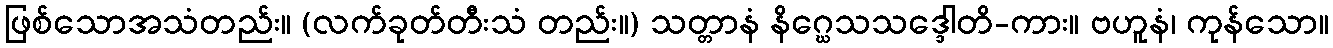
ဖြစ်သောအသံတည်း။ (လက်ခုတ်တီးသံ တည်း။) သတ္တာနံ နိဂ္ဃေသသဒ္ဒေါတိ-ကား။ ဗဟူနံ၊ ကုန်သော။